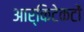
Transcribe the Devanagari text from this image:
आर्किटेकटों